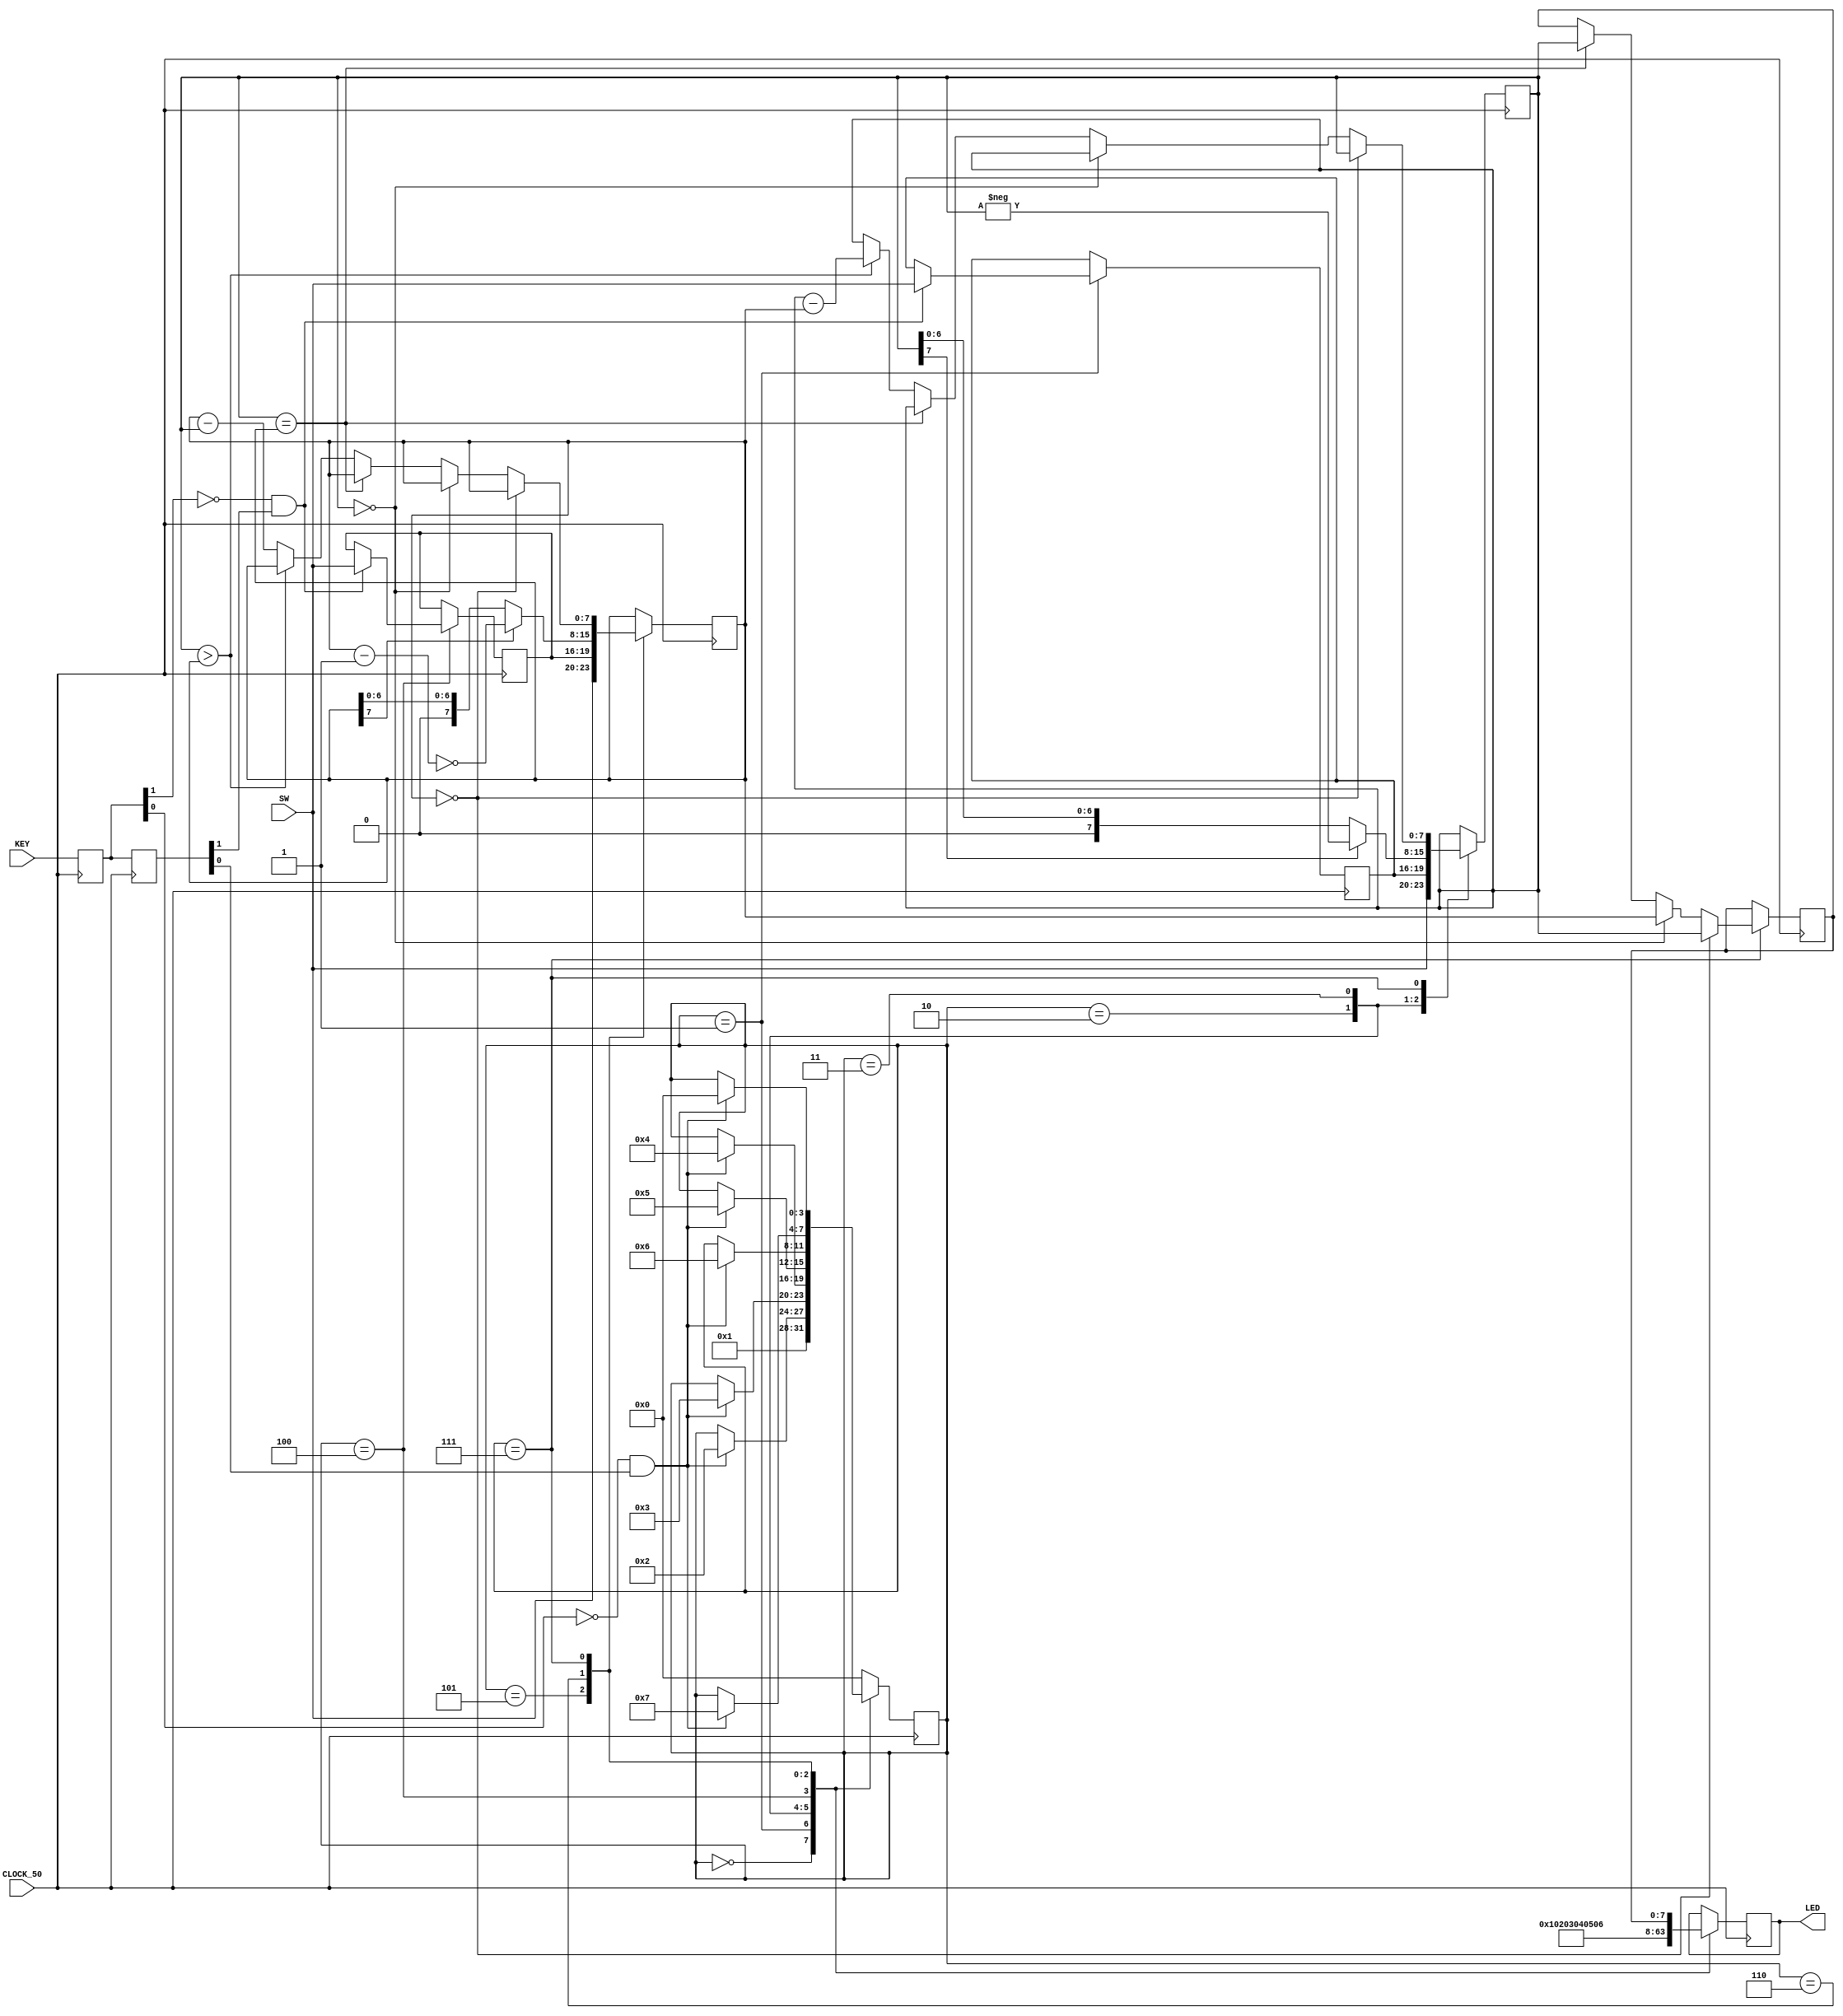
module de0_nano_soc_baseline(
	input CLOCK_50,
	input [1:0]	KEY,
	output reg [7:0] LED,
	input	[3:0]	SW );
	
		 
    reg [3:0] state=0;
	 
    parameter S0 = 4'b0000;
    parameter S1 = 4'b0001;
    parameter S2 = 4'b0010;
    parameter S3 = 4'b0011;
	 parameter S4 = 4'b0100;
	 parameter S5 = 4'b0101;
	 parameter S6 = 4'b0110;
	 parameter S7 = 4'b0111;
	 
	 //buttons
	 reg [1:0] keyreg, keyregpp; 
	 wire flag1trig,flag0trig;
	 assign flag1trig=~keyreg[1] && keyregpp[1];
	 assign flag0trig=~keyreg[0] && keyregpp[0];
	 
	 reg [3:0] a,b,c,d;
	 reg [7:0] num1, num2;
	 
	 reg [7:0] answer=0;

    always @ (posedge CLOCK_50) begin
	 
	 keyreg<=KEY;
	 keyregpp<=keyreg; 
	 
	 case (state)
	 
    S0: 	begin
			LED[7:0]<=0;
			state = S1;
			end
			
    S1:  begin
			LED=1;
			if (flag1trig) a<=SW; 
			if (flag0trig) state = S2;
		   end
			
    S2:  begin
			LED=2;
			if (flag1trig) b<=SW;
			num1 <= {SW,a};
			if (flag0trig) state = S3;
			end
			
    S3:  begin
			LED=3;
			if (num1[7]==1) num1 <= -num1;
			if (flag0trig) state = S4;
			end
			
    S4:  begin
			LED=4;
			if (flag1trig) c<=SW; 
			if (flag0trig) state = S5;
		   end
			
    S5:  begin
			LED=5;
			if (flag1trig) d<=SW;
			num2 <= {SW,c};
			if (flag0trig) state = S6;
			end
			
    S6:  begin
			LED=6;
			if (num2[7]==1) num2 <= ~(num2-1);
			if (flag0trig) state = S7;
			end
			
	 S7: begin
		  LED = 7;
		  if (num2 ==0) answer <= num1;
		  else if (num1 == 0) answer <= num2;
		  else if (num1==num2) answer <=num1;
		  else if (num1 > num2) num1 <= num1-num2;
		  else num2 <= num2 - num1;
		  LED <= answer;
		  if (flag0trig) state = S0;
		  end
		  
    default: state = S0;
    endcase
	 end
	
	
	
endmodule